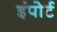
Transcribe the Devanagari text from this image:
इंपोर्ट